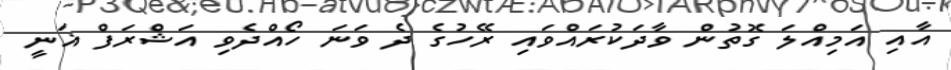
އާއި އަމިއްލަ ގޮތުން ވާދަކުރައްވައި ރޭހުގެ ދެ ވަނަ ހޯއްދެވި އަޝްރަފް ޣަނީ